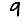
Digit: 9